Civil Veterinary Department Bihar reports 1936-40 - 1936-1940
Year: 1936
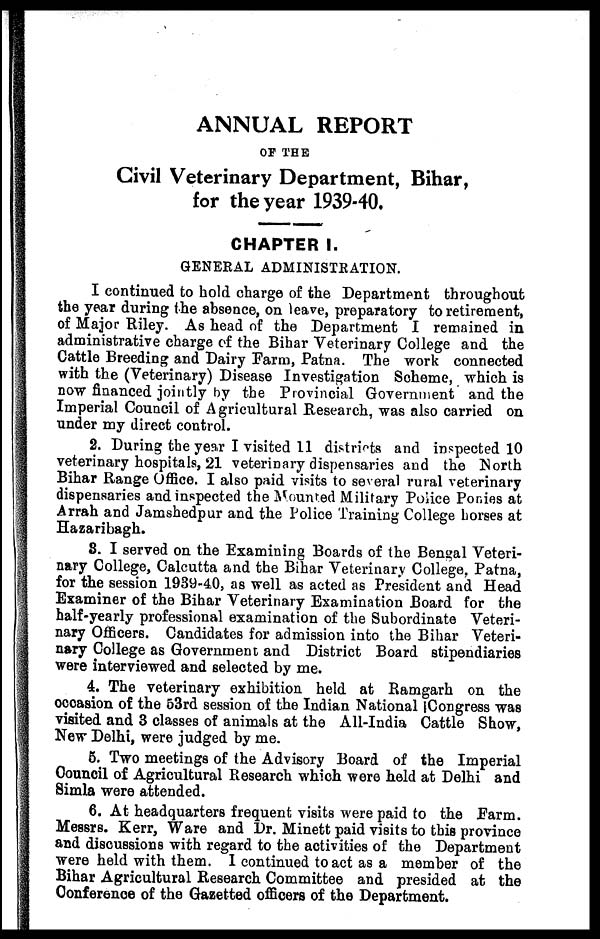
ANNUAL REPORT
OF THE
Civil Veterinary Department, Bihar,
for the year 1939-40.
CHAPTER I.
GENERAL ADMINISTRATION.
I continued to hold charge of the Department throughout
the year during the absence, on leave, preparatory to retirement,
of Major Riley. As head of the Department I remained in
administrative charge of the Bihar Veterinary College and the
Cattle Breeding and Dairy Farm, Patna. The work connected
with the (Veterinary) Disease Investigation Scheme, which is
now financed jointly by the Provincial Government and the
Imperial Council of Agricultural Research, was also carried on
under my direct control.
2. During the year I visited 11 districts and inspected 10
veterinary hospitals, 21 veterinary dispensaries and the North
Bihar Range Office. I also paid visits to several rural veterinary
dispensaries and inspected the Mounted Military Police Ponies at
Arrah and Jamshedpur and the Police Training College horses at
Hazaribagh.
8. I served on the Examining Boards of the Bengal Veteri-
nary College, Calcutta and the Bihar Veterinary College, Patna,
for the session 1939-40, as well as acted as President and Head
Examiner of the Bihar Veterinary Examination Board for the
half-yearly professional examination of the Subordinate Veteri-
nary Officers. Candidates for admission into the Bihar Veteri-
nary College as Government and District Board stipendiaries
were interviewed and selected by me.
4. The veterinary exhibition held at Ramgarh on the
occasion of the 53rd session of the Indian National Congress was
visited and 3 classes of animals at the All-India Cattle Show,
New Delhi, were judged by me.
5. Two meetings of the Advisory Board of the Imperial
Council of Agricultural Research which were held at Delhi and
Simla were attended.
6. At headquarters frequent visits were paid to the Farm.
Messrs. Kerr, Ware and Dr. Minett paid visits to this province
and discussions with regard to the activities of the Department
were held with them. I continued to act as a member of the
Bihar Agricultural Research Committee and presided at the
Conference of the Gazetted officers of the Department.